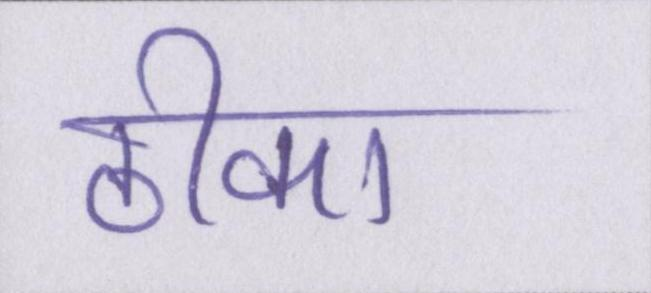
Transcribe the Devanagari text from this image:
ठीका